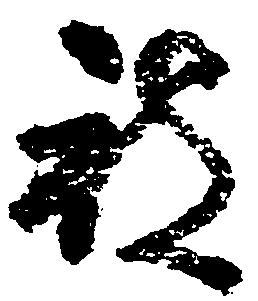
被